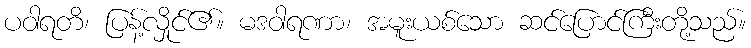
ပဝါရတိ၊ ပြန့်လှိုင်၏။ မဒဝါရဏာ၊ အမူးယစ်သော ဆင်ပြောင်ကြီးတို့သည်။